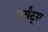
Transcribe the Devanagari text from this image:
मर्चंट्‌स